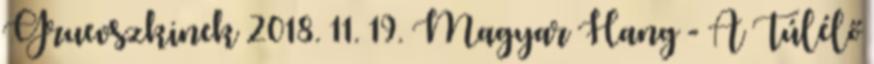
Gruevszkinek 2018. 11. 19. Magyar Hang - A Túlélő